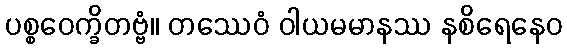
ပစ္စဝေက္ခိတဗ္ဗံ။ တဿေဝံ ဝါယမမာနဿ နစိရေနေဝ